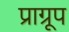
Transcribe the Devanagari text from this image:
प्राग्रूप